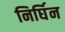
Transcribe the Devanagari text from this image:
निर्घिन